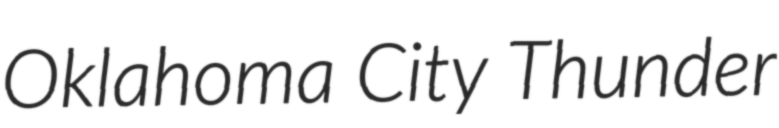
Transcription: Oklahoma City Thunder